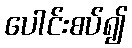
ပေါင်းစပ်၍